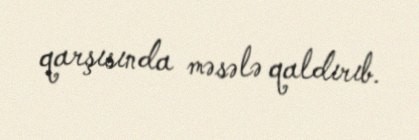
qarşısında məsələ qaldırıb.